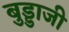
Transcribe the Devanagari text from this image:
बुड्डाजी